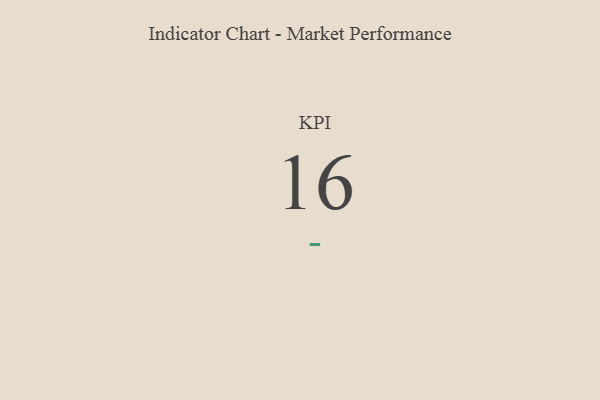
{"axis": {"x": "KPI", "y": "Value"}, "legend": [""], "data": [{"x": "KPI", "y": 16, "type": ""}]}